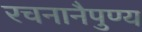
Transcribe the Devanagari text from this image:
रचनानैपुण्य